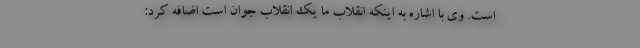
است. وی با اشاره به اینکه انقلاب ما یک انقلاب جوان است اضافه کرد: